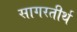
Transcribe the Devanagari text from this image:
सागरतीर्थ